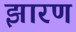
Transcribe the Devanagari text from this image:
झारण